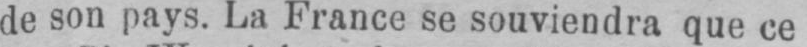
de son pays. La France se souviendra que ce